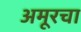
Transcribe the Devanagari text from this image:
अमूरचा